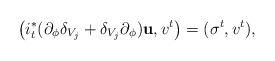
LaTeX: \begin{align*}\left(i_t^*(\partial_\phi \delta_{V_j} +\delta_{V_j}\partial_{\phi}) \textbf u, v^t\right)=(\sigma^t, v^t),\end{align*}